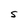
Character: S